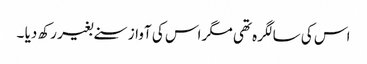
اس کی سالگرہ تھی مگر اس کی آواز سنے بغیر رکھ دیا ۔